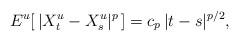
LaTeX: \begin{align*}E^u[\,|X^u_t-X^u_s|^p\,]=c_p\,|t-s|^{p/2},\end{align*}